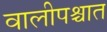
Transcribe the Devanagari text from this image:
वालीपश्चात